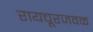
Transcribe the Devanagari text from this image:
रायचूरजवळ